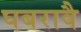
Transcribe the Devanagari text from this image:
घबरावै